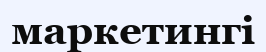
маркетингі